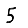
Digit: 5